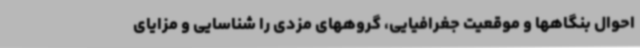
احوال بنگاهها و موقعیت جغرافیایی، گروههای مزدی را شناسایی و مزایای